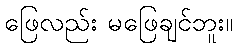
ဖြေလည်း မဖြေချင်ဘူး။